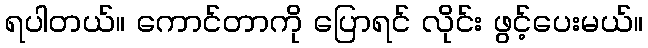
ရပါတယ်။ ကောင်တာကို ပြောရင် လိုင်း ဖွင့်ပေးမယ်။